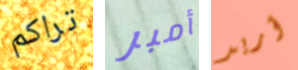
تراكم أمبر أريد